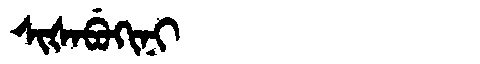
Manchu: ᠰᡳᡧᠠᠪᡠᡴᡳᠨᡳ
Romanization: SIŠABUKINI